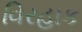
વિરહાક